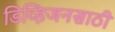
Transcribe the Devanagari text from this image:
डिव्हिजनसाठी